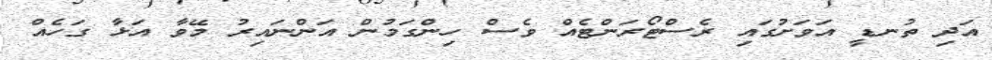
އަދި ތުނޑީ އަވަށުގައި ރެސްޓޯރަންޓެއް ވެސް ހިންގަމުން އަންނައިރު މޭވާ އަޅާ ގަހެއް